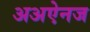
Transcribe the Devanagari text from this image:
अअऐनज